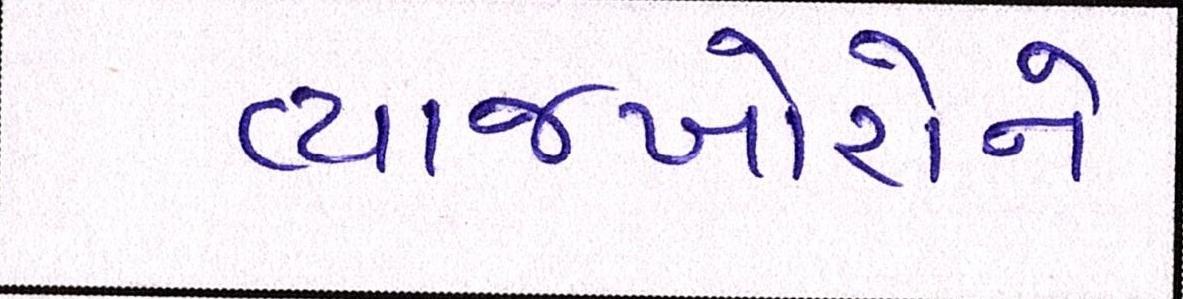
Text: વ્યાજખોરોને